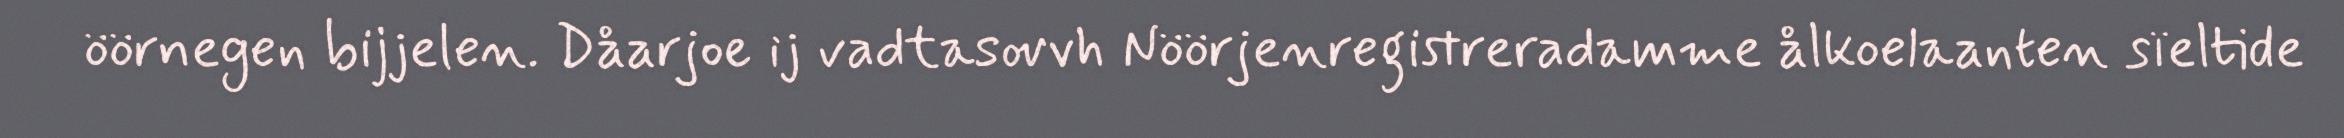
öörnegen bijjelen. Dåarjoe ij vadtasovvh Nöörjenregistreradamme ålkoelaanten sïeltide